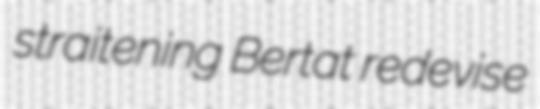
straitening Bertat redevise